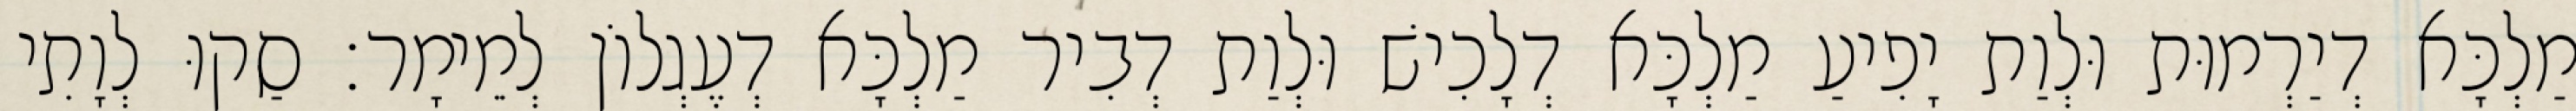
מַלְכָּא דְיַרְמוּת וּלְוַת יָפִיעַ מַלְכָּא דְלָכִישׁ וּלְוַת דְבִיר מַלְכָּא דְעֶגְלוֹן לְמֵימָר׃ סַקוּ לְוָתִי